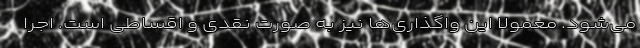
می‌شود. معمولا این واگذاری‌ها نیز به صورت نقدی و اقساطی است. اجرا